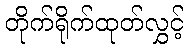
တိုက်ရိုက်ထုတ်လွှင့်